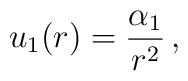
u_1(r) = \frac{\alpha_1}{r^2}\,,